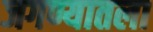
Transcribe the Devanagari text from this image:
जगण्यातला